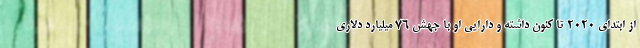
از ابتدای ۲۰۲۰ تا کنون داشته و دارایی‌ او با جهش ۷۶ میلیارد دلاری